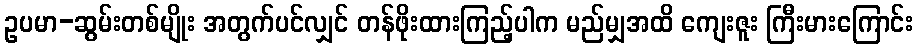
ဥပမာ-ဆွမ်းတစ်မျိုး အတွက်ပင်လျှင် တန်ဖိုးထားကြည့်ပါက မည်မျှအထိ ကျေးဇူး ကြီးမားကြောင်း